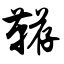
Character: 鞯